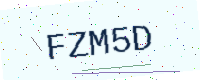
Text: FZM5D